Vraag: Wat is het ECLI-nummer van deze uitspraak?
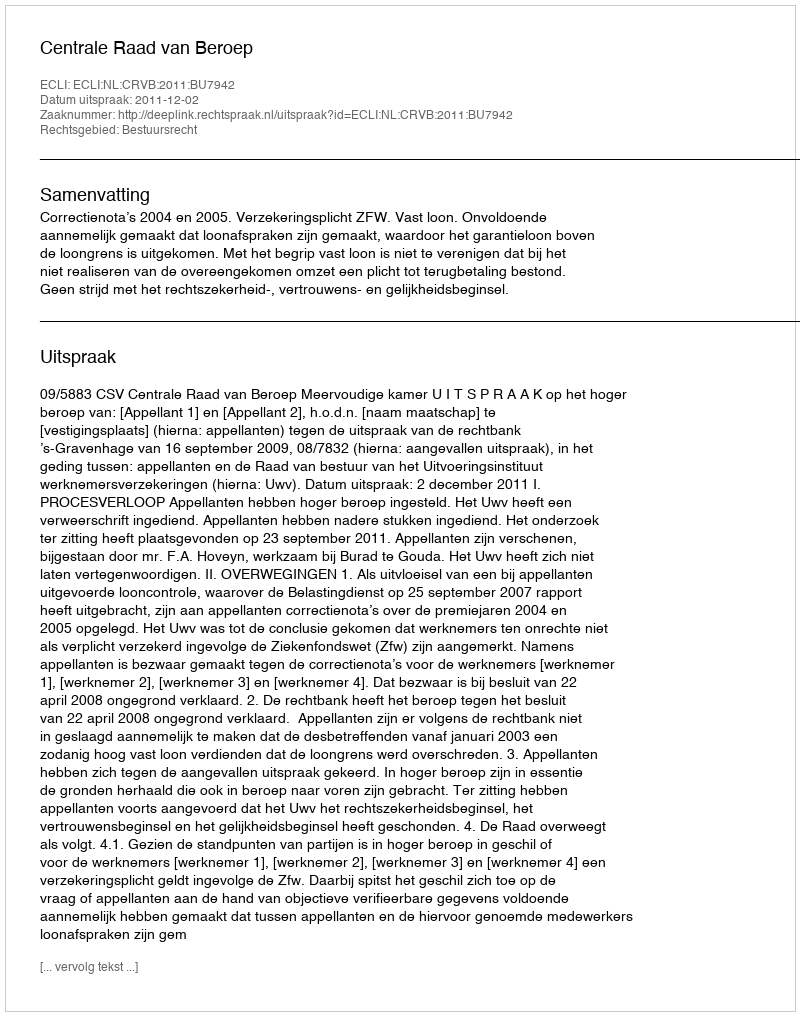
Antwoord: ECLI:NL:CRVB:2011:BU7942